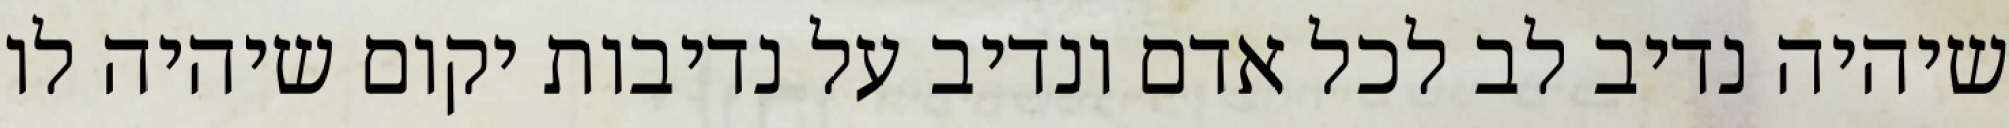
שיהיה נדיב לב לכל אדם ונדיב על נדיבות יקום שיהיה לו